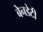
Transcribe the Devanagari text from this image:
बेनडेटी